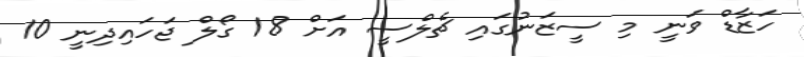
ހަޒާޑް ވަނީ މި ސީޒަނުގައި ޗެލްސީ އަށް 18 ގޯލް ޖަހައިދިނީ 10